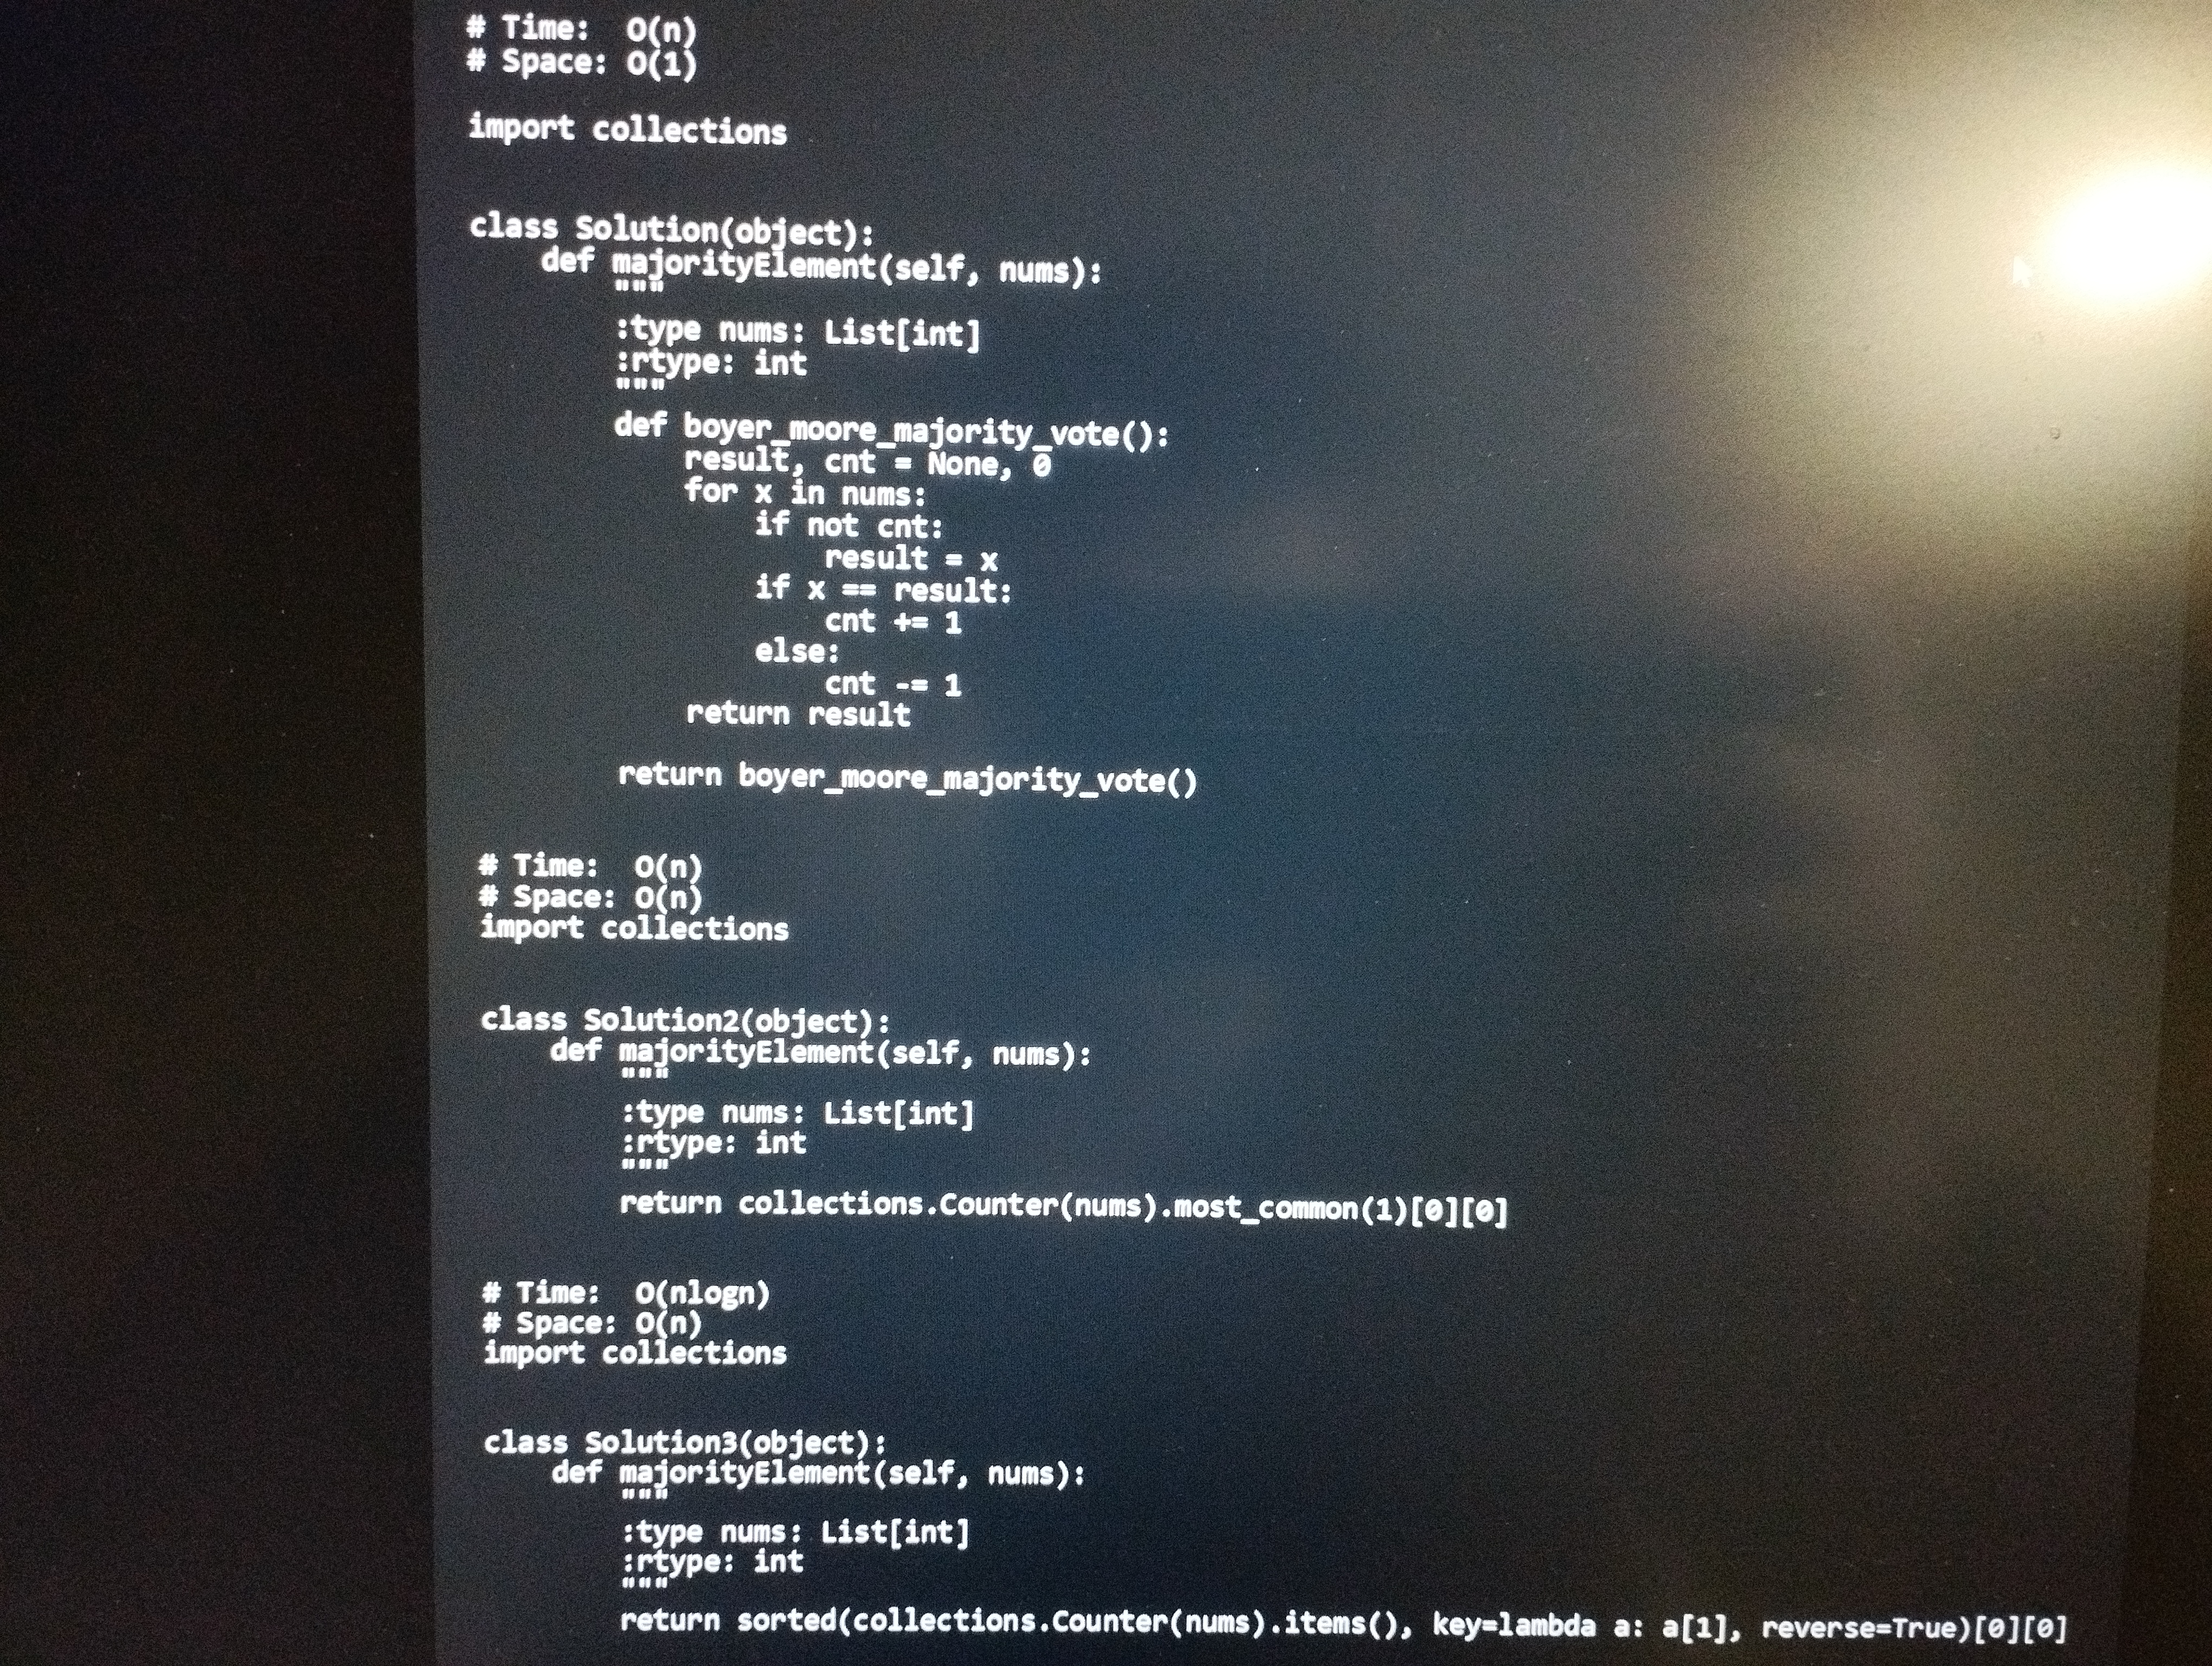
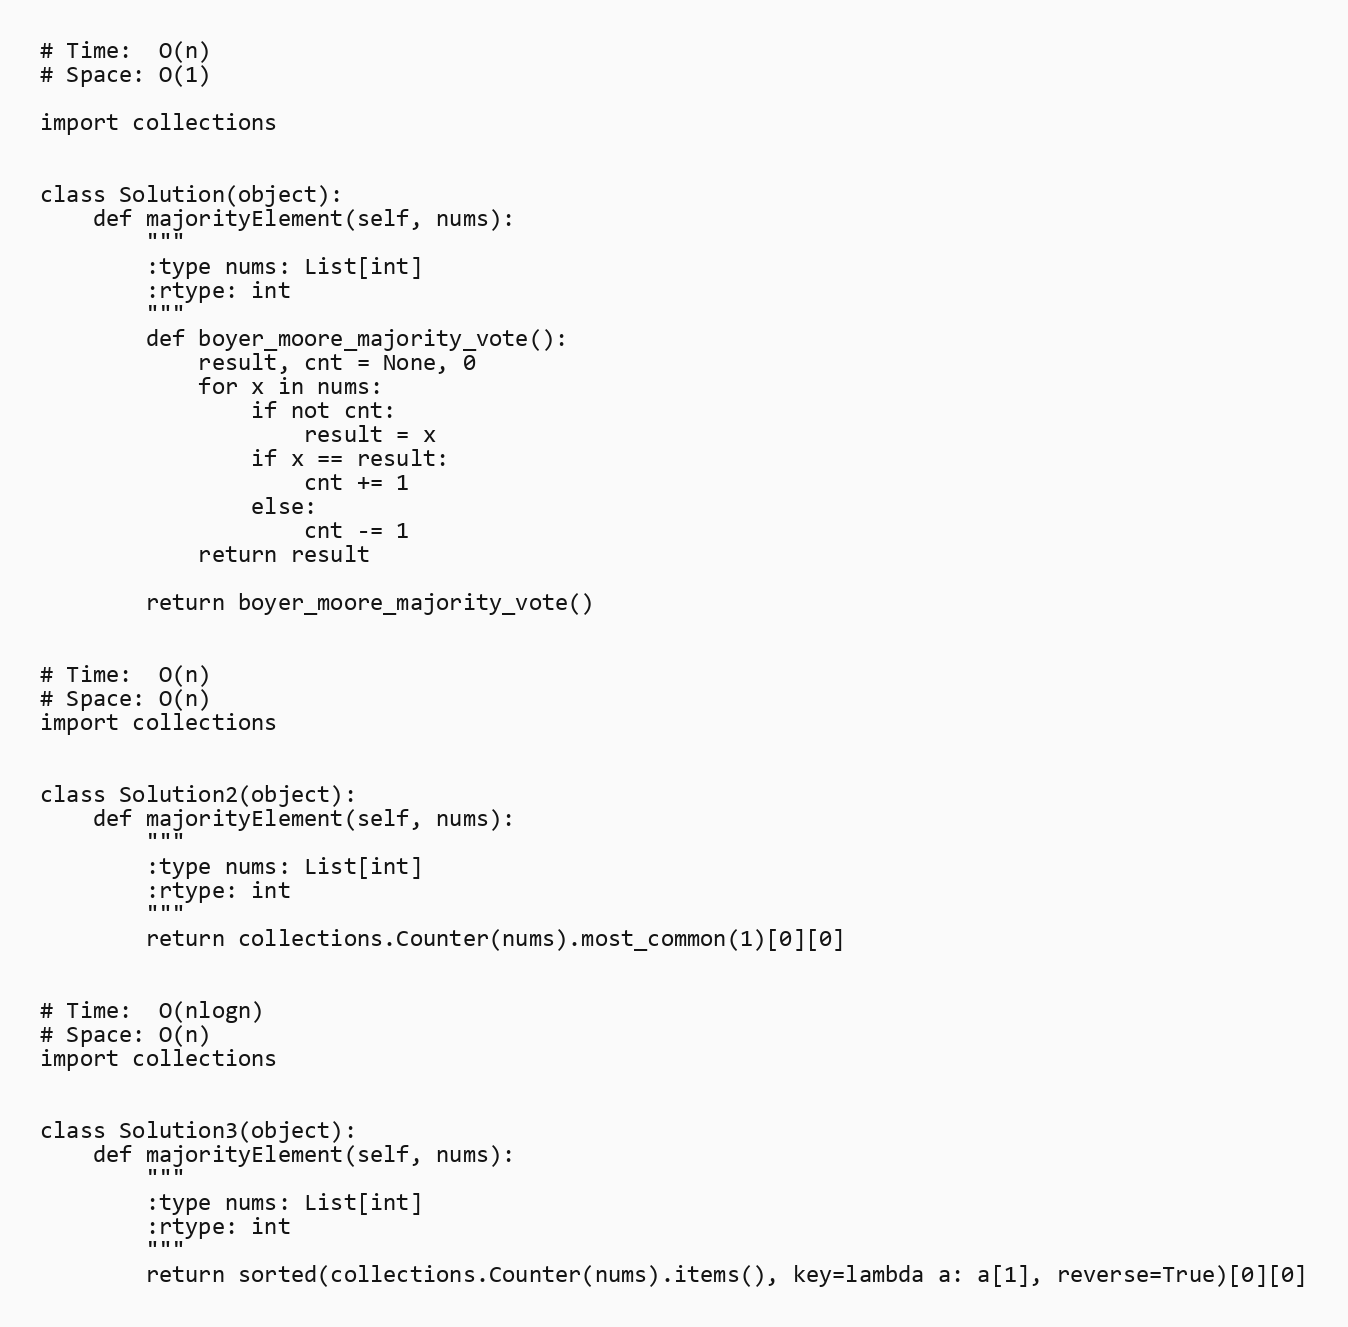
# Time:  O(n)
# Space: O(1)

import collections

class Solution(object):
    def majorityElement(self, nums):
        """
        :type nums: List[int]
        :rtype: int
        """
        def boyer_moore_majority_vote():
            result, cnt = None, 0
            for x in nums:
                if not cnt:
                    result = x
                if x == result:
                    cnt += 1
                else:
                    cnt -= 1
            return result

        return boyer_moore_majority_vote()

# Time:  O(n)
# Space: O(n)
import collections

class Solution2(object):
    def majorityElement(self, nums):
        """
        :type nums: List[int]
        :rtype: int
        """
        return collections.Counter(nums).most_common(1)[0][0]

# Time:  O(nlogn)
# Space: O(n)
import collections

class Solution3(object):
    def majorityElement(self, nums):
        """
        :type nums: List[int]
        :rtype: int
        """
        return sorted(collections.Counter(nums).items(), key=lambda a: a[1], reverse=True)[0][0]